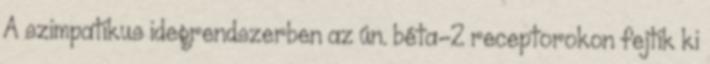
A szimpatikus idegrendszerben az ún. béta-2 receptorokon fejtik ki